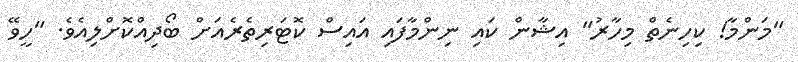
"މަންމާ! ކިހިނެތް މިހާރު" އިޝާން ކައި ނިންމާފައި އައިސް ކޮޓަރިތެރެއަށް ބޯދިއްކޮށްލިއެވެ. "ހީވޭ